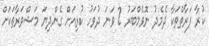
ކުރާ ފަރާތްތަކާ ދެމެދު ނޮވެމްބަރު 2 ވަނަ ދުވަހު ކުރިއަށް ގެންދިޔަ މަޝްވަރާތަކަށް